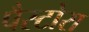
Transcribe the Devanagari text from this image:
पैस्टोरा